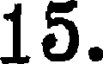
15.